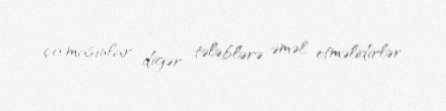
çıxmasınlar, digər tələblərə əməl etməlidirlər.